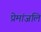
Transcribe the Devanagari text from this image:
प्रेमांजलि